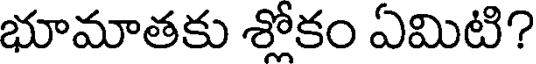
భూమాతకు శ్లోకం ఏమిటి?